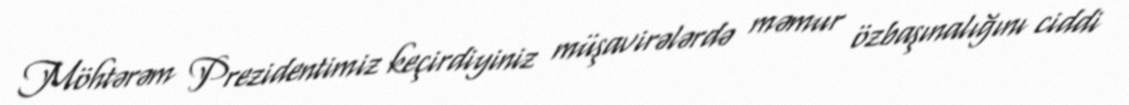
Möhtərəm Prezidentimiz keçirdiyiniz müşavirələrdə məmur özbaşınalığını ciddi